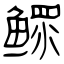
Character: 鳏